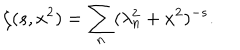
\zeta ( s , x ^ { 2 } ) = \sum _ { n } ( \lambda _ { n } ^ { 2 } + x ^ { 2 } ) ^ { - s } { . }